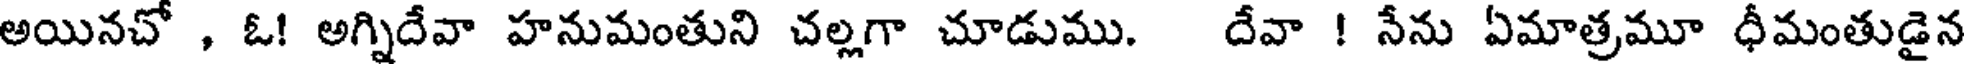
అయినచో , ఓ! అగ్నిదేవా హనుమంతుని చల్లగా చూడుము. దేవా ! నేను ఏమాత్రమూ ధీమంతుడైన